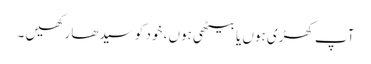
آپ کھڑی ہوں یا بیٹھی ہوں ، خود کو سیدھا رکھیں ۔